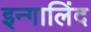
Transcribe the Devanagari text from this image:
इन्गालिंद